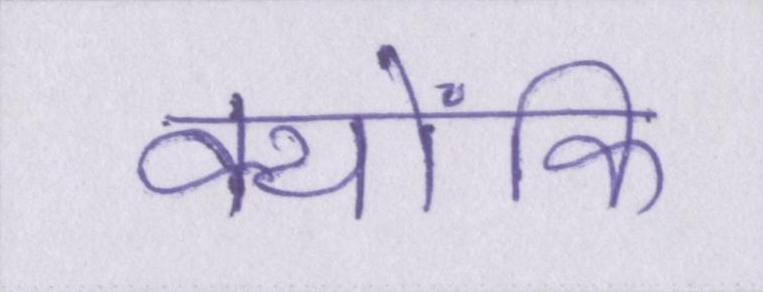
क्योंकि